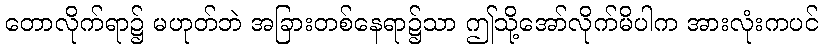
တောလိုက်ရာ၌ မဟုတ်ဘဲ အခြားတစ်နေရာ၌သာ ဤသို့အော်လိုက်မိပါက အားလုံးကပင်